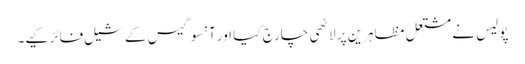
پولیس نے مشتعل مظاہرین پر لاٹھی چارج کیا اور آنسو گیس کے شیل فائر کیے۔